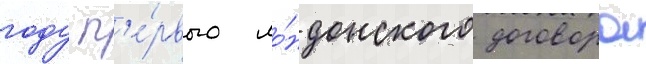
году п'е́рвого ло́ндонского договора